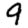
Digit: 9